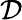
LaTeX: \cal\mathcal{D}